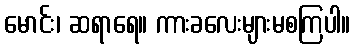
မောင်း၊ ဆရာရေ။ ကားခလေးများမစကြပါ။